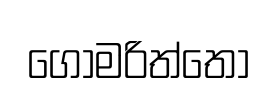
ගෝමරිත්තෝ